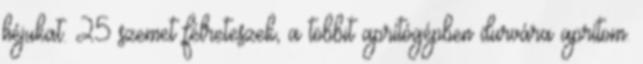
héjukat. 25 szemet félreteszek, a többit aprítógépben durvára aprítom.